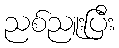
ညစ်ညူးပြီး